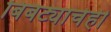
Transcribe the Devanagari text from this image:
बिबट्याचेही